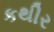
કથીર